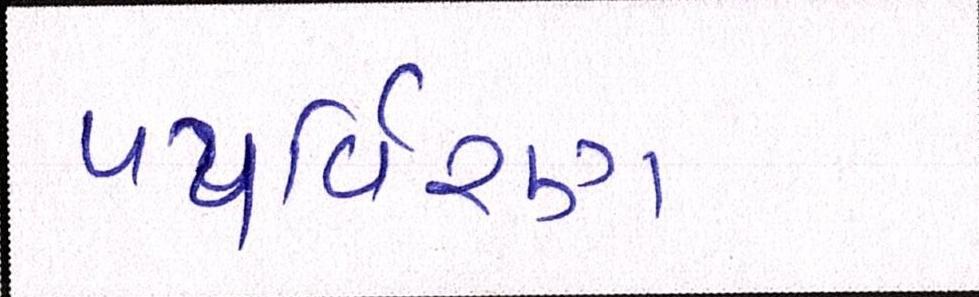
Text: પયર્વિરણ